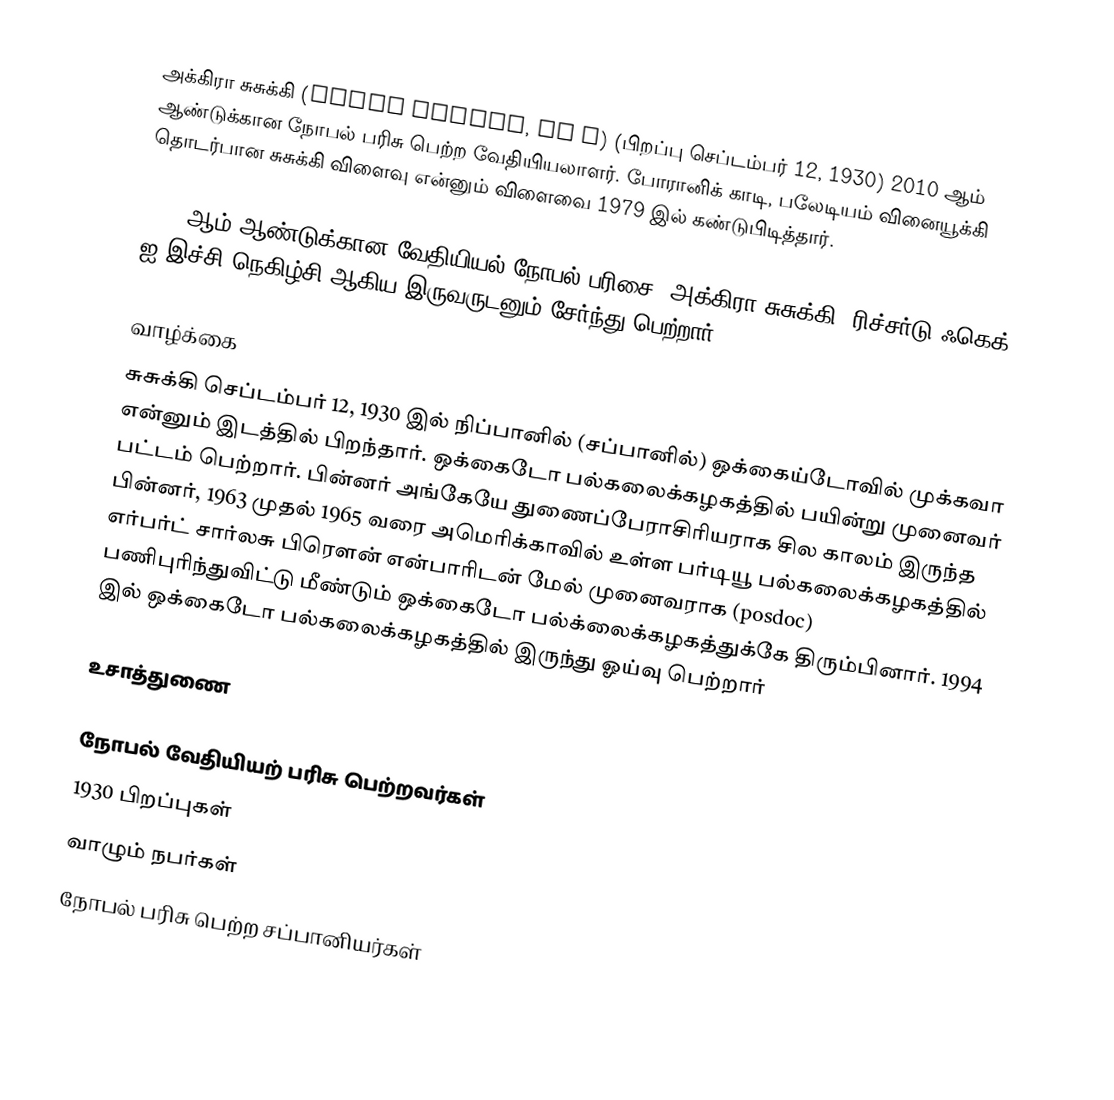
அக்கிரா சுசுக்கி  (Akira Suzuki, 鈴木 章) (பிறப்பு செப்டம்பர் 12, 1930) 2010 ஆம் ஆண்டுக்கான நோபல் பரிசு பெற்ற வேதியியலாளர். போரானிக் காடி, பலேடியம் வினையூக்கி தொடர்பான சுசுக்கி விளைவு என்னும் விளைவை 1979 இல் கண்டுபிடித்தார்.

2010 ஆம் ஆண்டுக்கான வேதியியல் நோபல் பரிசை, அக்கிரா சுசுக்கி, ரிச்சர்டு ஃகெக், ஐ-இச்சி நெகிழ்சி ஆகிய இருவருடனும் சேர்ந்து பெற்றார்.

வாழ்க்கை
சுசுக்கி செப்டம்பர் 12, 1930 இல் நிப்பானில் (சப்பானில்) ஒக்கைய்டோவில் முக்கவா என்னும் இடத்தில் பிறந்தார். ஒக்கைடோ பல்கலைக்கழகத்தில் பயின்று முனைவர் பட்டம் பெற்றார். பின்னர் அங்கேயே துணைப்பேராசிரியராக சில காலம் இருந்த பின்னர், 1963 முதல் 1965 வரை அமெரிக்காவில் உள்ள பர்டியூ பல்கலைக்கழகத்தில் எர்பர்ட் சார்லசு பிரௌன் என்பாரிடன் மேல் முனைவராக (posdoc) பணிபுரிந்துவிட்டு மீண்டும் ஒக்கைடோ பல்க்லைக்கழகத்துக்கே திரும்பினார். 1994 இல் ஒக்கைடோ பல்கலைக்கழகத்தில் இருந்து ஓய்வு பெற்றார்

உசாத்துணை

நோபல் வேதியியற் பரிசு பெற்றவர்கள்
1930 பிறப்புகள்
வாழும் நபர்கள்
நோபல் பரிசு பெற்ற சப்பானியர்கள்